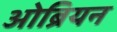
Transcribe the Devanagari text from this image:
ओब्रियन